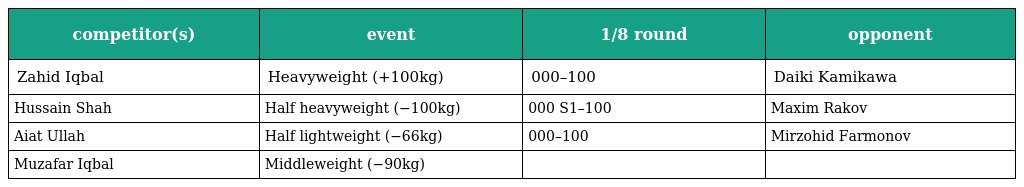
| competitor(s) | event | 1/8 round | opponent |
 | --- | --- | --- | --- |
 | Zahid Iqbal | Heavyweight (+100kg) | 000–100 | Daiki Kamikawa |
 | Hussain Shah | Half heavyweight (−100kg) | 000 S1–100 | Maxim Rakov |
 | Aiat Ullah | Half lightweight (−66kg) | 000–100 | Mirzohid Farmonov |
 | Muzafar Iqbal | Middleweight (−90kg) |  |  |